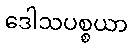
ဒေါသပစ္စယာ